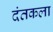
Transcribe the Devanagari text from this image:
दंतकला